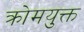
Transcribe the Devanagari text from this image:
क्रोमयुक्त